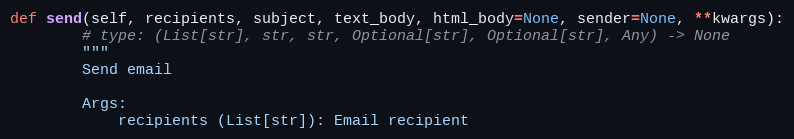
Language: Python
def send(self, recipients, subject, text_body, html_body=None, sender=None, **kwargs):
        # type: (List[str], str, str, Optional[str], Optional[str], Any) -> None
        """
        Send email

        Args:
            recipients (List[str]): Email recipient